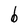
Character: b